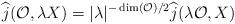
LaTeX: \begin{align*}\displaystyle \widehat{j}(\mathcal{O},\lambda X)=\lvert \lambda\rvert^{-\dim(\mathcal{O})/2} \widehat{j}(\lambda\mathcal{O},X)\end{align*}